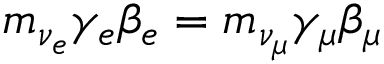
m _ { \nu _ { e } } \gamma _ { e } \beta _ { e } = m _ { \nu _ { \mu } } \gamma _ { \mu } \beta _ { \mu }